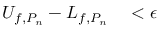
\begin{array} { r l } { U _ { f , P _ { n } } - L _ { f , P _ { n } } } & { { } < \epsilon } \end{array}